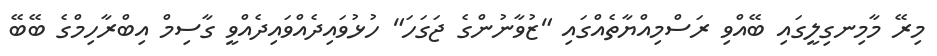
މިރޭ މާމިނގިލީގައި ބޭއްވި ރަސްމިއްޔާތެއްގައި "ޒުވާނުންގެ ޖަގަހަ" ހުޅުވައިދެއްވައިދެއްވީ ގާސިމް އިބްރާހިމްގެ ބޭބޭ